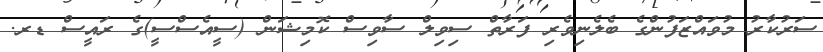
ސަރުކާރު މުވައްޒަފުންގެ ބެލެނިވެރި ފަރާތް ސިވިލް ސާވިސް ކޮމިޝަން (ސީއެސްސީ)ގެ ރައީސް ޑރ.